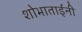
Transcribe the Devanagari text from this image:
शोभाताईंनी